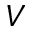
V